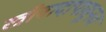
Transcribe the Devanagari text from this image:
स्त्रीवादापासूनच